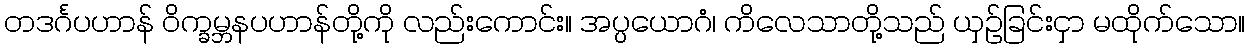
တဒင်္ဂပဟာန် ဝိက္ခမ္ဘနပဟာန်တို့ကို လည်းကောင်း။ အပ္ပယောဂံ၊ ကိလေသာတို့သည် ယှဉ်ခြင်းငှာ မထိုက်သော။